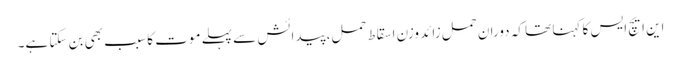
این ایچ ایس کا کہنا تھا کہ دوران حمل زائد وزن اسقاط حمل، پیدائش سے پہلے موت کا سبب بھی بن سکتا ہے۔